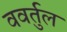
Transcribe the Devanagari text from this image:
ववर्तुल